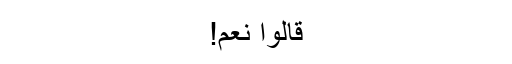
قالوا نعم!